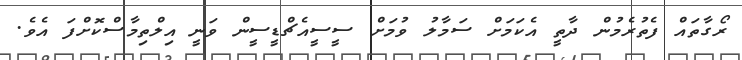
ރޯގާތައް ފެތުރެމުން ދާތީ އެކަމަށް ސަމާލު ވުމަށް ސީސީއެޗްޑީސީން ވަނީ އިލްތިމާސްކޮށްފަ އެވެ.